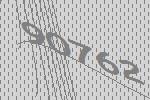
90762